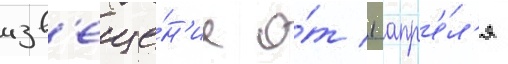
изв'еще́н'ие о́т 1 апр'е́л'я